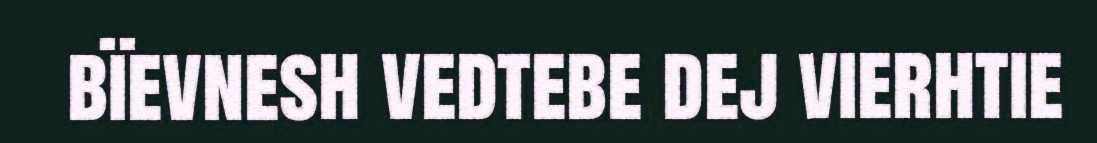
bïevnesh vedtebe dej vierhtie